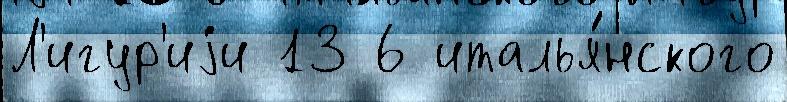
Л'игур'иjи 13 6 италья́нского